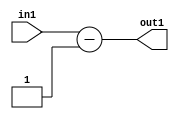
`timescale 1ps / 1ps
/*****************************************************************************
    Verilog RTL Description
    
    
    Created by: Stratus DpOpt 2019.1.01 
*******************************************************************************/

module in_buff_Subi1u3_4_0 (
	in1,
	out1
	); /* architecture "behavioural" */ 
input [2:0] in1;
output [2:0] out1;
wire [2:0] asc001;

assign asc001 = 
	+(in1)
	-(3'B001);

assign out1 = asc001;
endmodule

/* CADENCE  urf0TwE= : u9/ySgnWtBlWxVPRXgAZ4Og= ** DO NOT EDIT THIS LINE ******/